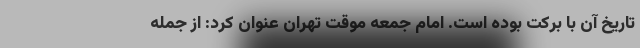
تاریخ آن با برکت بوده است. امام جمعه موقت تهران عنوان کرد: از جمله